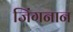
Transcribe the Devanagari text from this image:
जिंगनान